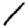
Digit: 1